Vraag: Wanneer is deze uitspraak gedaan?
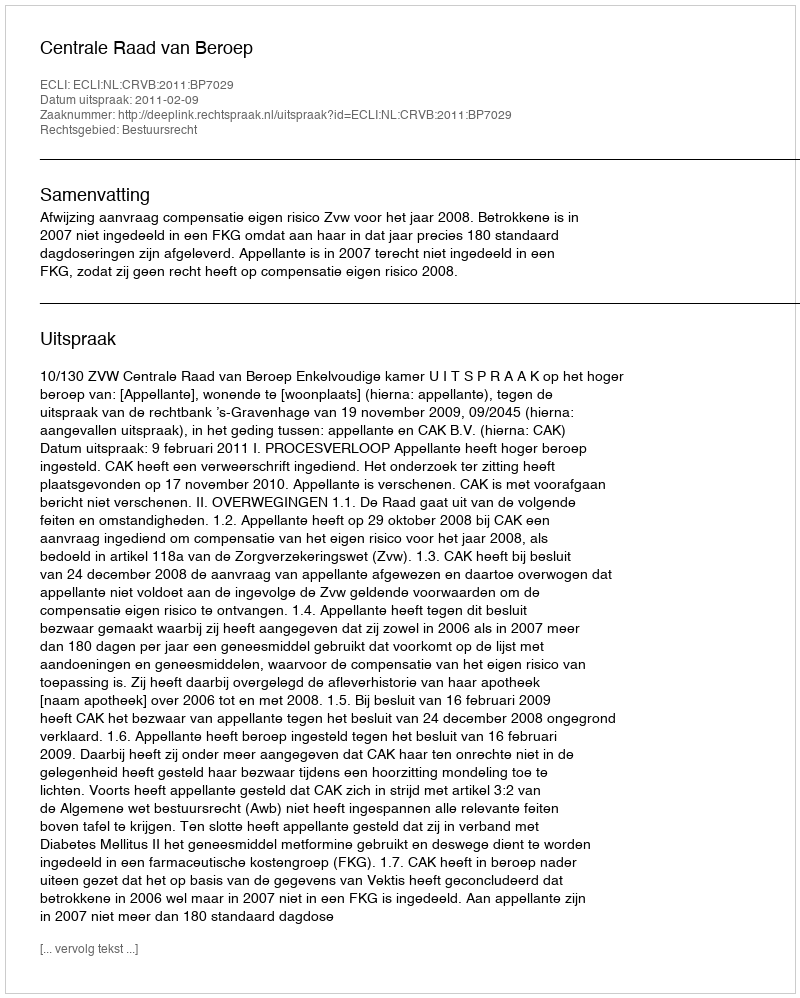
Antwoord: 2011-02-09